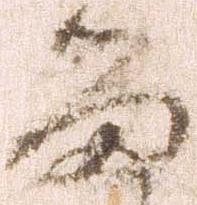
留